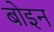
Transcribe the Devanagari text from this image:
बोइन